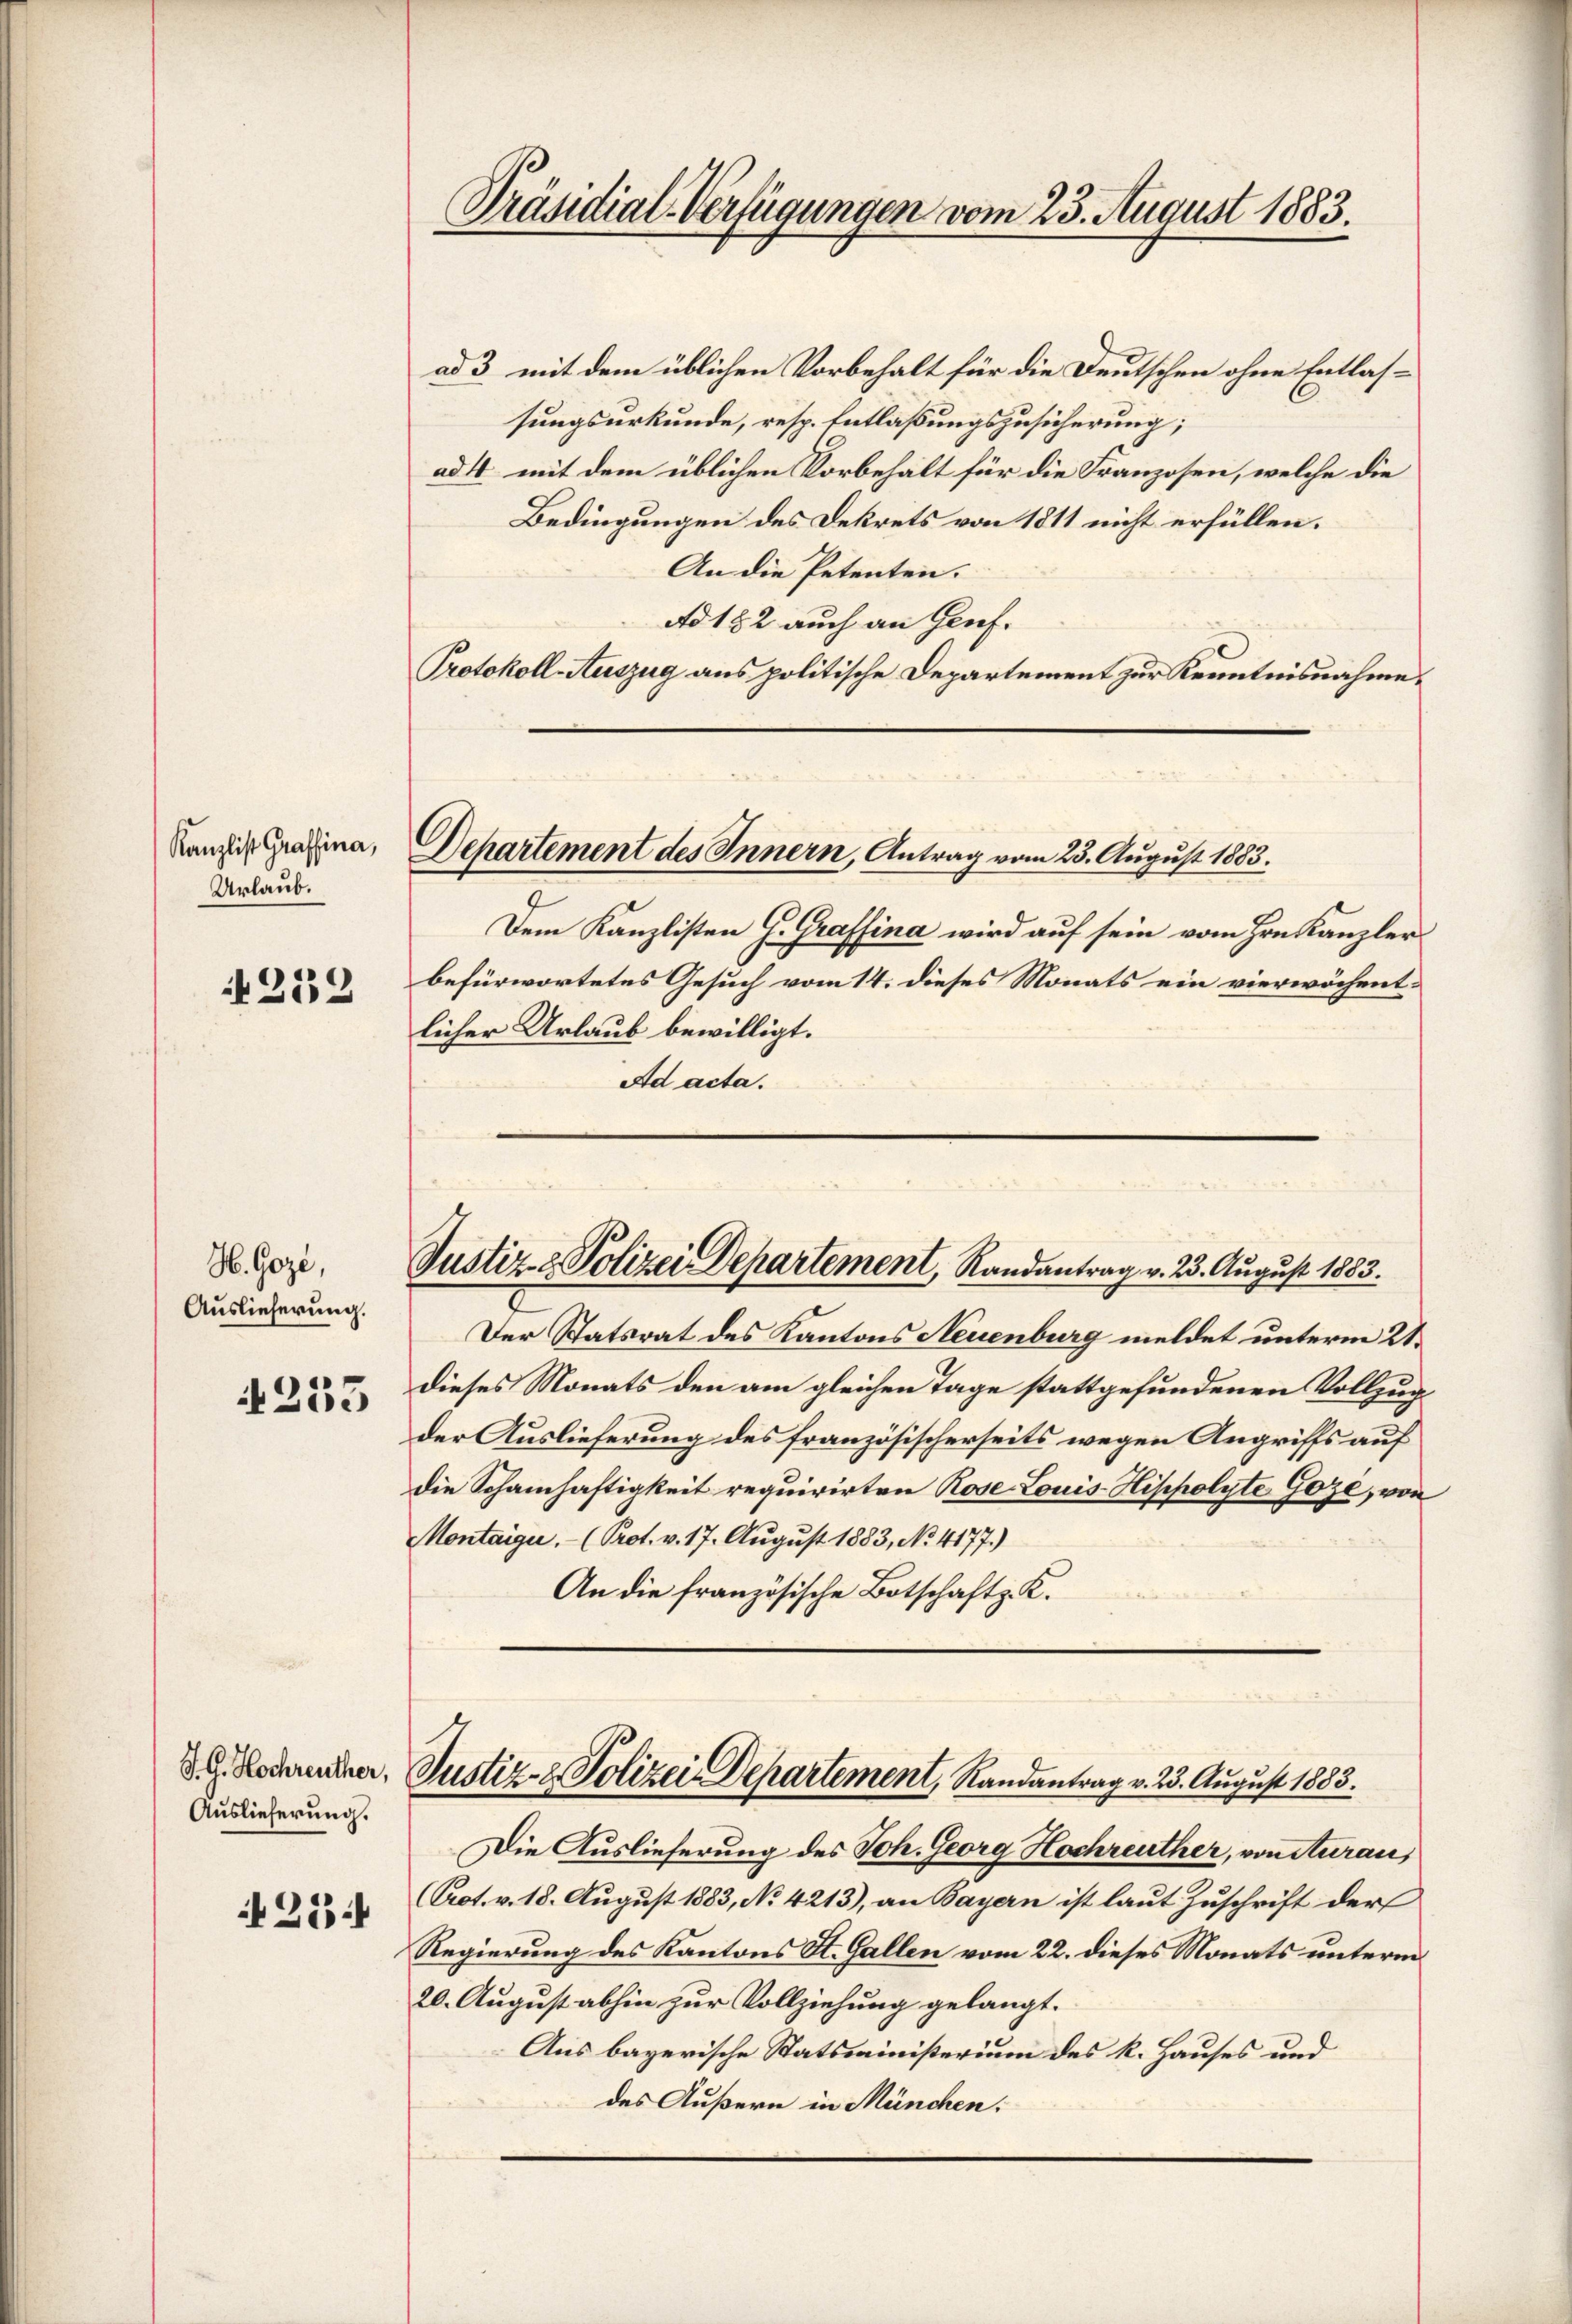
Urlaub.

212

H.Goze,
Auslieferung.

N 233

Auslieferung.

25:

Präsidial-Verfügungen vom 23. August 1883.

ad 3 mit dem üblichen Vorbehalt für die Deutschen ohne Entlassungsurkunde, resp. Entlaßungszusicherung;
ad 4 mit dem üblichen Vorbehält für die Franzosen, welche die
Bedingungen des Dekrets von 1811 nicht erfüllen.
An die Petenten.
Ad 182 auch an Genf.
Protokoll-Auszug aus politische Departement zur Kenntnisnahme.
Kanzell Grafina, Departement des Innern, Antrag vom 23. August 1883.
Dem Kanzlisten J. Graffina wird auf sein vom Hrn. Kanzler
befürwortetes Gesuch vom 14. dieses Monats ein vierwöchentlicher Urlaub bewilligt.
Ad acta.

Justiz- & Polizei Departement, Randantrag v. 23. August 1883.

Der Statsrat des Kantons Neuenburg meldet unterm 21.
dieses Monats den am gleichen Tage stattgefundenen Vollzug
der Auslieferung des französischerseits wegen Angriffs auf
die Schamhaftigkeit requirirten Rose Louis-Hippolyte Goze, von
Montaiger. - (Prot. v. 17. August 1883, No. 4177.)
An die französische Botschaft z. K.

8 Rochender Justiz- & Polizei Departement, Randantrag v. 23. August 1883.

Die Auslieferung des Joh. Georg Hochreuther, von Aurau,
(Crot. v. 18. August 1883, No 4213), an Bayern ist laut Zuschrift der
Regierung des Kantons St. Gallen vom 22. dieses Monats unterm
20. August abhin zur Vollziehung gelangt.
Aus bayerische Statsministerium des k. Hauses und
des Äußern in München.